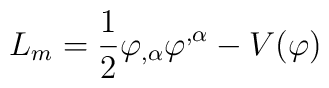
L_{m}= \frac{1}{2}\varphi_{,\alpha}\varphi^{,\alpha}-V(\varphi)